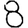
Digit: 8